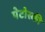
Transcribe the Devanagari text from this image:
पेटोस्की